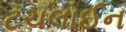
ટચલાઈન